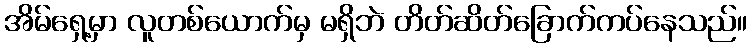
အိမ်ရှေ့မှာ လူတစ်ယောက်မှ မရှိဘဲ တိတ်ဆိတ်ခြောက်ကပ်နေသည်။